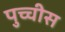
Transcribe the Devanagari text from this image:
पुच्चीस